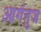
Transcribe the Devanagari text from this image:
आगंतुज